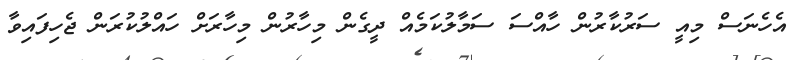
އެހެނަސް މިއީ ސަރުކާރުން ހާއްސަ ސަމާލުކަމެއް ދީގެން މިހާރުން މިހާރަށް ހައްލުކުރަން ޖެހިފައިވާ